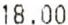
18.00